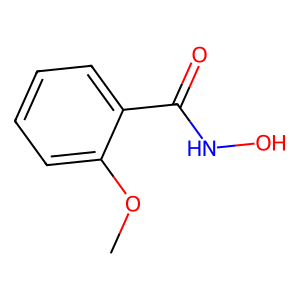
SMILES: COc1ccccc1C(=O)NO
Inhibits HIV replication: No